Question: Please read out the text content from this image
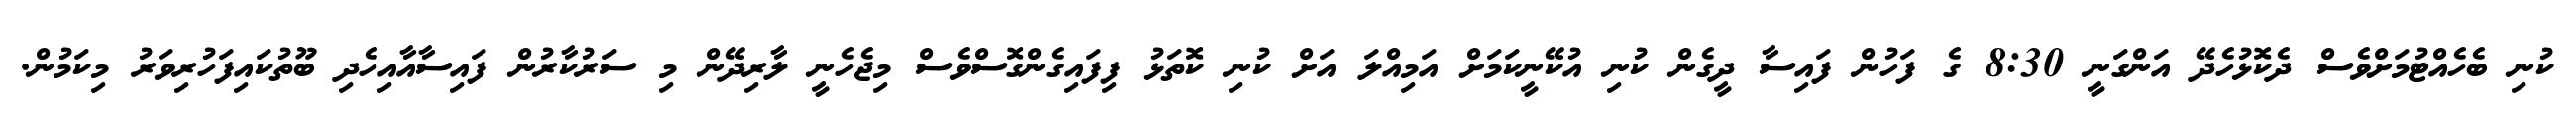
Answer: ކުނި ބެހެއްޓުމަށްވެސް ދެކޮޅުހެދޭ އަންގަނީ 8:30 ގެ ފަހުން ފައިސާ ދީގެން ކުނި އުކޭނީކަމަށް އަމިއްލަ އަށް ކުނި ކޮތަޅު ފިފައިގެންގޮސްވެސް މިޖެހެނީ ލާރިދޭން މި ސަރުކާރުން ފައިސާއާއިހެދި ބޫތުކައިފަހުރިވަރު މިކަމުން.